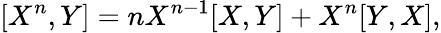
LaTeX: [X^{n},Y]=nX^{n-1}[X,Y]+X^{n}[Y,X],